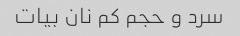
سرد و حجم کم نان بیات